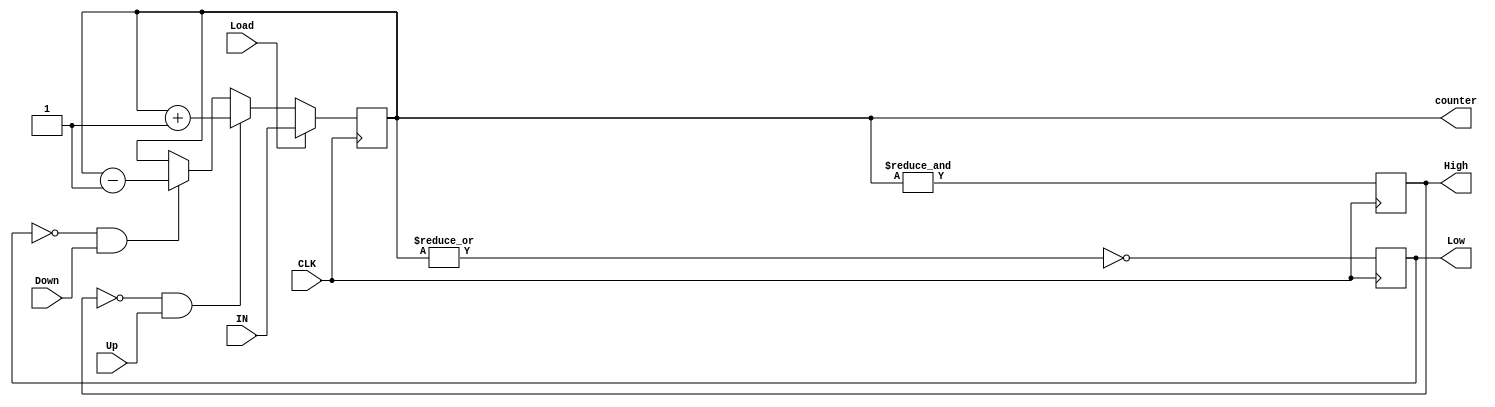
module counter (
    input [4:0] IN,
    input Load,Up,Down,CLK,
    output reg High,Low,
    output reg [4:0] counter

);
    always @(posedge CLK) begin
        if (Load) begin
            counter <= IN;
        end
        else if (!High && Up)begin
            counter <= counter + 1;
        end // if counter =31 and up =1 down =1 the counter wil toggl as thier is no spics on that i won't fix it as it will add more complixty on the code 
        else if (!Low && Down)begin
            counter <= counter - 1;
        end
        High <= & counter;
        Low <= ~| counter;
    end
endmodule